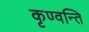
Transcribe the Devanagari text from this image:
कृण्वन्ति